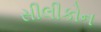
સીલીકોન